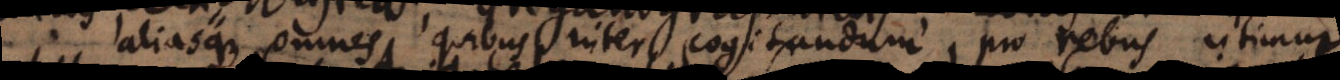
aliasque omnes quibus inter cogitandum pro rebus utimur.